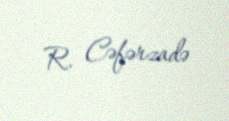
R. Cəfərzadə